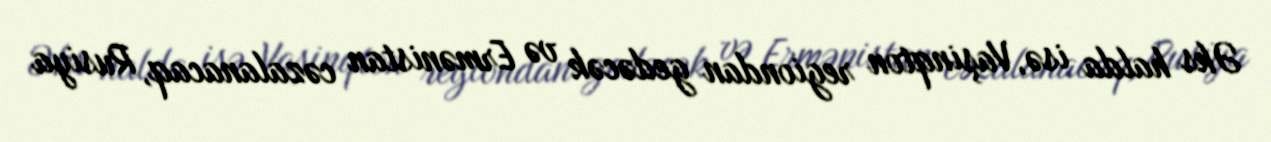
Əks halda isə, Vaşinqton regiondan gedəcək və Ermənistan cəzalanacaq, Rusiya